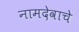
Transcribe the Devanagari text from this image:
नामदेवाचे